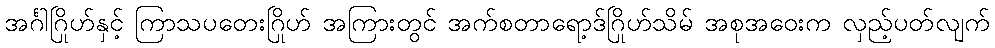
အင်္ဂါဂြိုဟ်နှင့် ကြာသပတေးဂြိုဟ် အကြားတွင် အက်စတာရော့ဒ်ဂြိုဟ်သိမ် အစုအဝေးက လှည့်ပတ်လျက်